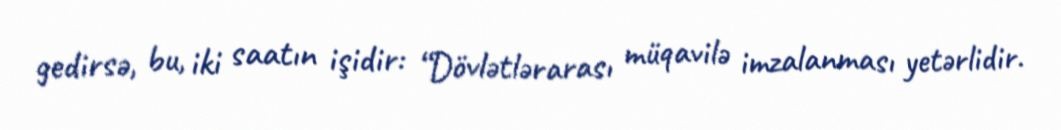
gedirsə, bu, iki saatın işidir: “Dövlətlərarası müqavilə imzalanması yetərlidir.